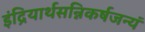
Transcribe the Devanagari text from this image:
इंद्रियार्थसन्निकर्षजन्यं